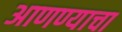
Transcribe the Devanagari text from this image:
अाणण्याचा